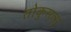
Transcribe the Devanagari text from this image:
तोकुसत्सू